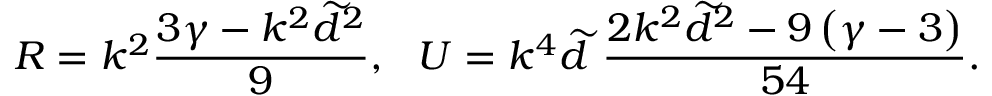
R = k ^ { 2 } \frac { 3 \gamma - k ^ { 2 } \widetilde { d } ^ { 2 } } { 9 } , ~ ~ U = k ^ { 4 } \widetilde { d } ~ \frac { 2 k ^ { 2 } \widetilde { d } ^ { 2 } - 9 \left( \gamma - 3 \right) } { 5 4 } .